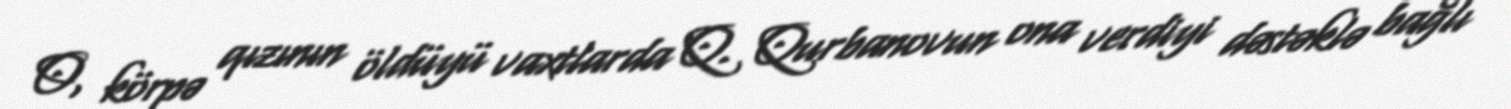
O, körpə qızının öldüyü vaxtlarda Q. Qurbanovun ona verdiyi dəstəklə bağlı